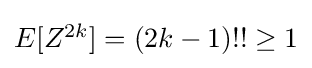
{\textstyle E[Z^{2k}]=(2k-1)!!\geq 1}